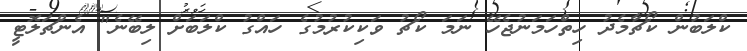
ކްލަބުން ކޯޗާމެދު ހިތްހަމަނުޖެހޭ ނަމަ ކޯޗު ވަކިކުރުމުގެ ހައްގު ކްލަބަށް ލިބޭނެ" އެންޗަލޮޓީ